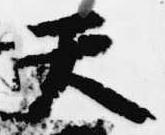
天